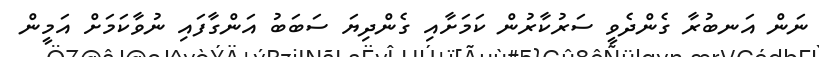
ނަން އަނބުރާ ގެންދެވީ ސަރުކާރުން ކަމަށާއި ގެންދިޔަ ސަބަބު އަންގާފައި ނުވާކަމަށް އަމީން